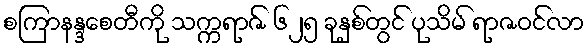
စကြာနန္ဒစေတီကို သက္ကရာဇ် ၆၂၅ ခုနှစ်တွင် ပုသိမ် ရာဇဝင်လာ